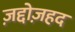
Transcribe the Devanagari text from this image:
ज़द्दोज़हद